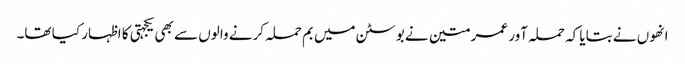
انھوں نے بتایا کہ حملہ آور عمر متین نے بوسٹن میں بم حملہ کرنے والوں سے بھی یکجہتی کا اظہار کیا تھا۔